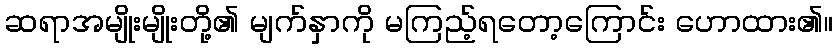
ဆရာအမျိုးမျိုးတို့၏ မျက်နှာကို မကြည့်ရတော့ကြောင်း ဟောထား၏။